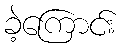
ခဲ့ကြောင်း